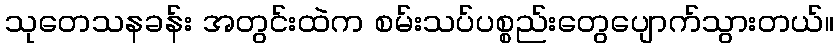
သုတေသနခန်း အတွင်းထဲက စမ်းသပ်ပစ္စည်းတွေပျောက်သွားတယ်။